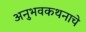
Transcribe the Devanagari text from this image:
अनुभवकथनाचे